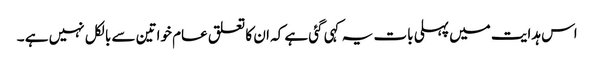
اس ہدایت میں پہلی بات یہ کہی گئی ہے کہ ان کا تعلق عام خواتین سے بالکل نہیں ہے ۔